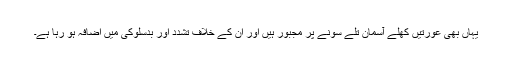
یہاں بھی عورتیں کھلے آسمان تلے سونے پر مجبور ہیں اور ان کے خلاف تشدد اور بدسلوکی میں اضافہ ہو رہا ہے۔